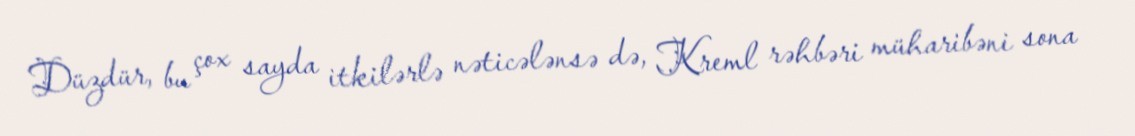
Düzdür, bu çox sayda itkilərlə nəticələnsə də, Kreml rəhbəri müharibəni sona